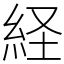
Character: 経